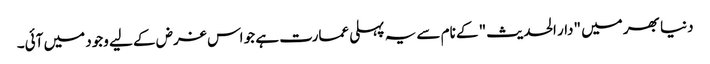
دنیا بھر میں "دار الحدیث" کے نام سے یہ پہلی عمارت ہے جو اس غرض کے لیے وجود میں آئی۔